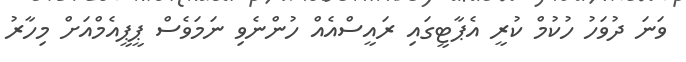
ވަަނަ ދުވަހު ހުކުމް ކުރީ އެޕާޓީގައި ރައީސްއެއް ހުންނެވި ނަަމަވެސް ޕީޕީއެމްއަށް މިހާރު